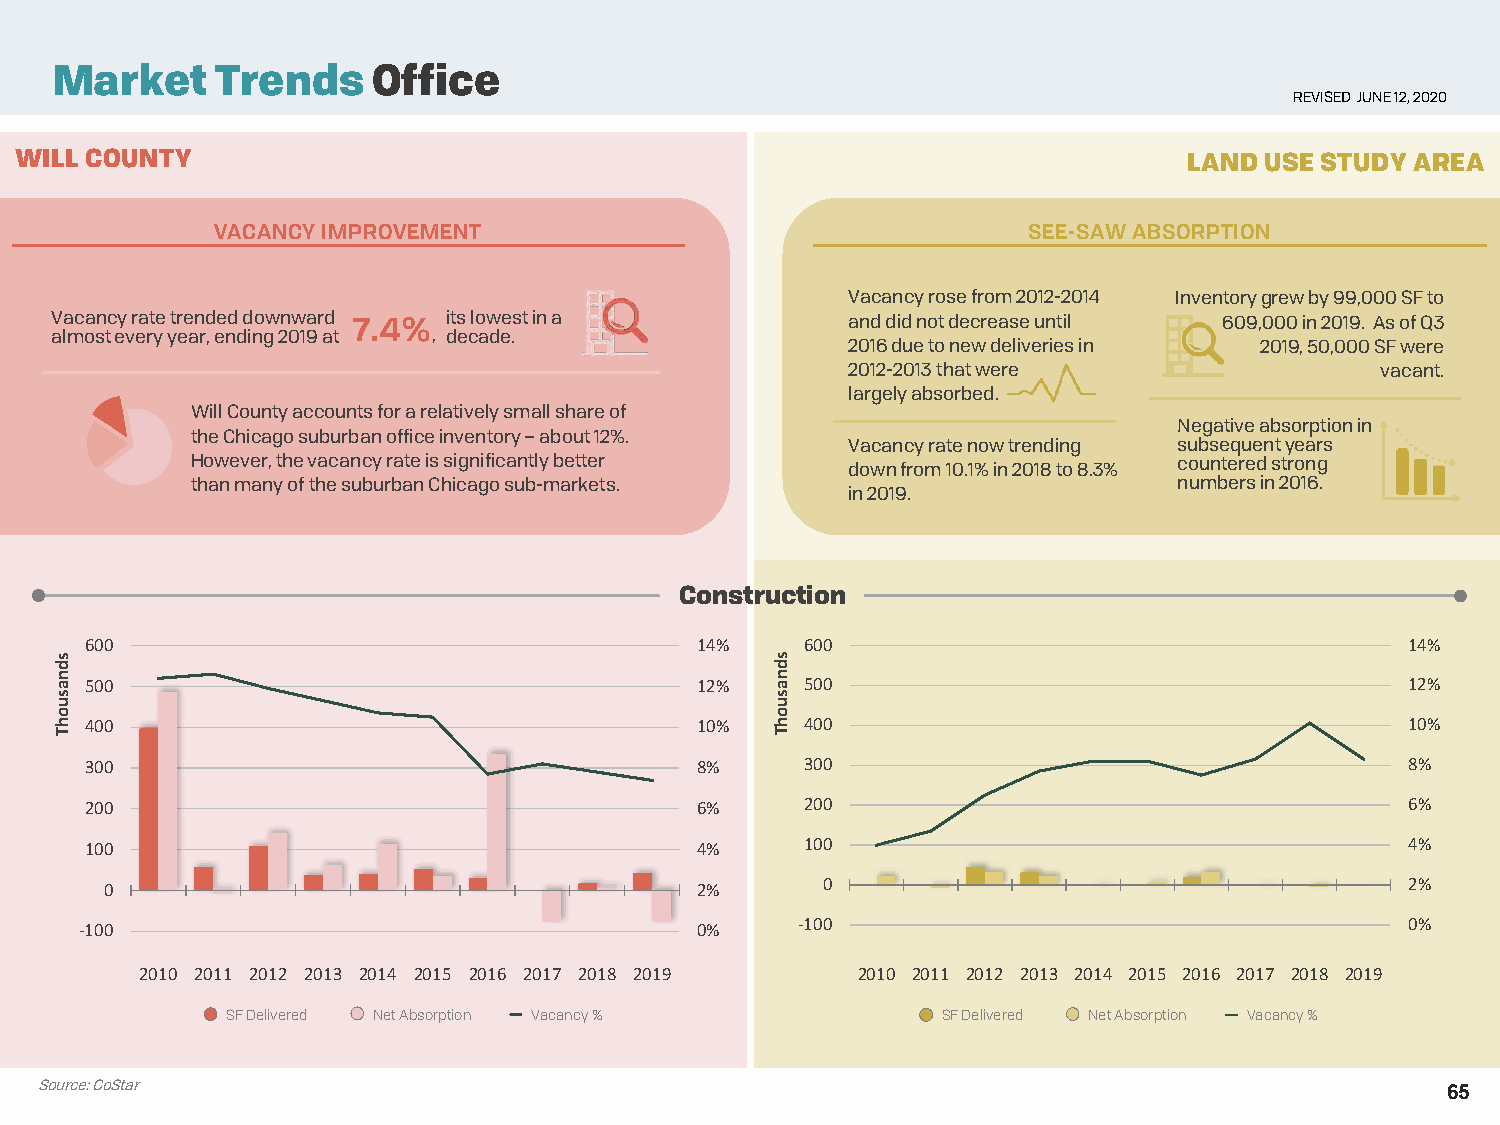
Market     Trends     Office
 REVISED JUNE 12, 2020
 WILL COUNTY                                                                   LAND USE STUDY AREA
 VACANCY IMPROVEMENT                                   SEE-SAW ABSORPTION
 Vacancy rose from 2012-2014 Inventory grew by 99,000 SF to
 Vacancy rate trended downward 7.4% its lowest in a   and did not decrease until 609,000 in 2019. As of Q3
 almost every year, ending 2019 at , decade.
 2016 due to new deliveries in 2019, 50,000 SF were
 2012-2013 that were                vacant.
 largely absorbed.
 Will County accounts for a relatively small share of
 Negative absorption in
 the Chicago suburban office inventory –about 12%.
 Vacancy rate now trending subsequent years
 However, the vacancy rate is significantly better                countered strong
 down from 10.1% in 2018 to 8.3%
 than many of the suburban Chicago sub-markets.                   numbers in 2016.
 in 2019.
 Construction
 600                                     14%    600                                     14%
 500                                     12%    500                                     12%
 400                                     10%    400                                     10%
 300                                     8%     300                                     8%
 200                                     6%     200                                     6%
 100                                     4%     100                                     4%
 0                                      2%      0                                      2%
 -100                                     0%     -100                                    0%
 2010 2011 2012 2013 2014 2015 2016 2017 2018 2019 2010 2011 2012 2013 2014 2015 2016 2017 2018 2019
 SF Delivered Net Absorption Vacancy %          SF Delivered Net Absorption Vacancy %
 Source: CoStar
 65
 sdnasuohT                                      sdnasuohT